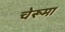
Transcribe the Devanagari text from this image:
चेरूमा